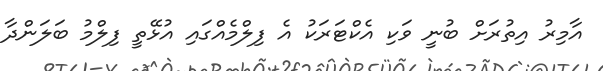
އާމިރު އިތުރަށް ބުނީ ވަކި އެކްޓަރަކު އެ ފިލްމެއްގައި އުޅޭތީ ފިލްމު ބަލަންދާ